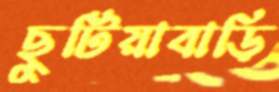
ছুটিয়াবাড়ি